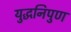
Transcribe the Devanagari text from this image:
युद्धनिपुण